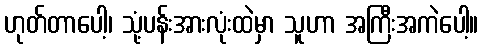
ဟုတ်တာပေါ့၊ သုံ့ပန်းအားလုံးထဲမှာ သူဟာ အကြီးအကဲပေါ့။